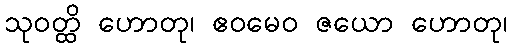
သုဝတ္ထိ ဟောတု၊ ဧဝမေဝ ဇယော ဟောတု၊